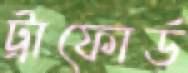
ট্রাফোর্ড